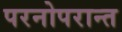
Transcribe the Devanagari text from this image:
परनोपरान्त